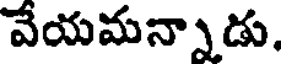
వేయమన్నాడు.